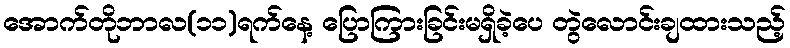
အောက်တိုဘာလ(၁၁)ရက်နေ့ ပြောကြားခြင်းမရှိခဲ့ပေ တွဲလောင်းချထားသည့်